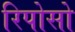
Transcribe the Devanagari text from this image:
रिपोसो